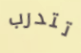
تتدرب